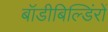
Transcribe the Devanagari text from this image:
बॉडीबिल्डिंरों